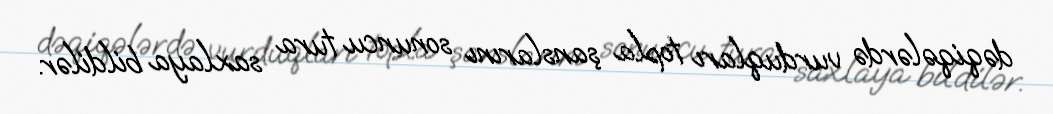
dəqiqələrdə vurduqları topla şanslarını sonuncu tura saxlaya bildilər.